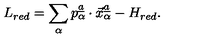
L _ { r e d } = \sum _ { \alpha } p _ { \alpha } \sp { \underline { { a } } } \cdot \vec { x } _ { \alpha } \sp { \underline { { a } } } - H _ { r e d } .